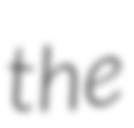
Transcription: the